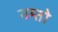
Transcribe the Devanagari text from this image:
नम्तो